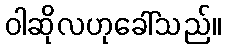
ဝါဆိုလဟုခေါ်သည်။